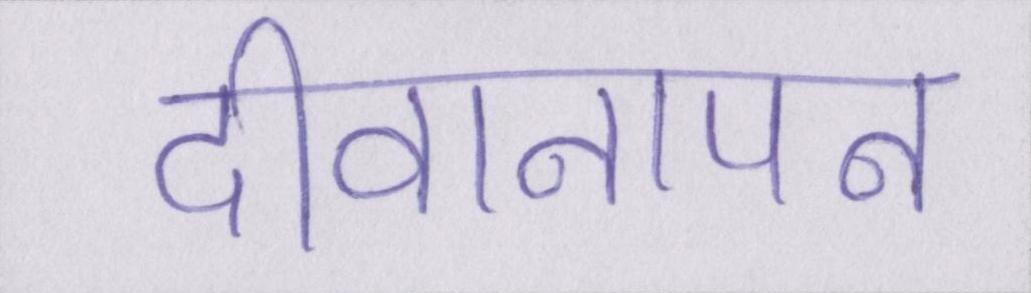
दीवानापन